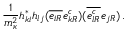
\frac { 1 } { m _ { \kappa } ^ { 2 } } h _ { k i } ^ { * } h _ { l j } ( \overline { { { e _ { i R } } } } e _ { k R } ^ { c } ) ( \overline { { { e _ { l R } ^ { c } } } } e _ { j R } ) \, .